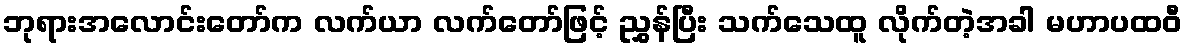
ဘုရားအလောင်းတော်က လက်ယာ လက်တော်ဖြင့် ညွှန်ပြီး သက်သေထူ လိုက်တဲ့အခါ မဟာပထဝီ